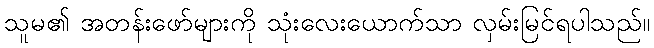
သူမ၏ အတန်းဖော်များကို သုံးလေးယောက်သာ လှမ်းမြင်ရပါသည်။